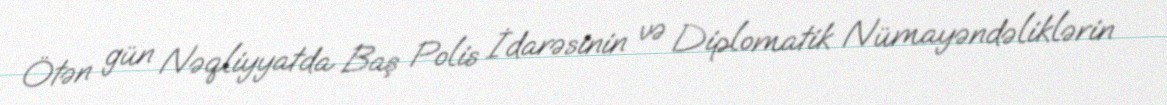
Ötən gün Nəqliyyatda Baş Polis İdarəsinin və Diplomatik Nümayəndəliklərin